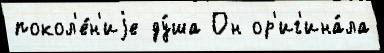
покол'е́н'иjе ду́ша Он ор'иг'ина́ла